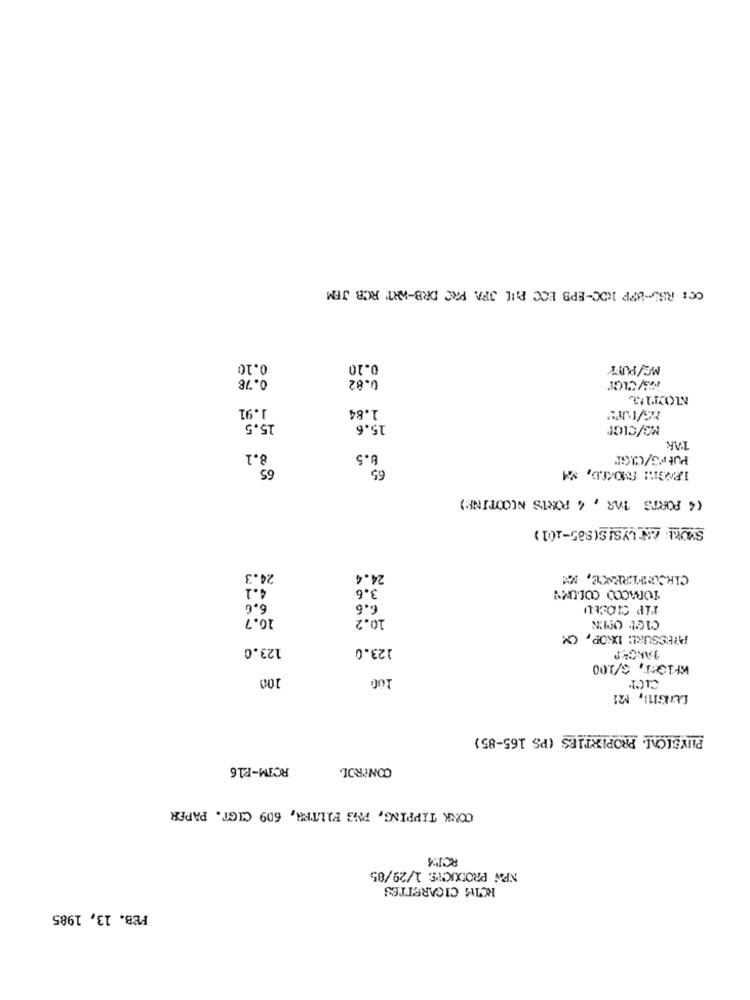
OC: RB5-BFP RDC-EPB ECC ALL OFA PRC DRB-ART RCB JEM
0.10
0.10
MG/PUYY
0.78
0.82
1.91
1.84
15.5
15.6
MG/CLOP
PAK
8.1
8.5
PUFF'S/CIGT
IENGIN! SMOKED, MM
(4 PORTS TAR , 4 PORTS NICOTINE)
SVOKL: AN LYS! S(S85-101)
24.3
24.4
CIRCUMFERENCE, MM
4.1
3.6
TOBACCO COLUMN
6.6
6.6
TIP CLOSEUI
10.7
10.2
CIGL OPEN
PRESSURE: DKOP, CM
123.0
123.0
TANGER
KFIGHT, 3/3.00
100
LUNGITI, M21
PHYSICAL PROPERTIES (PS 165-85)
RCIM-F16
CONTROL
CONK TIPPING, PMS FILTRA, 609 CIGT. PAPER
RCIMA
NEW PRODUCTS 1/29/85
RCIM CIGARETTES
FEB. 13, 1985